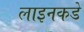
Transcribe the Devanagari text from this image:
लाइनकडे